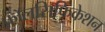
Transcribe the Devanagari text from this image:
फ़ॉलसिफिकेशन